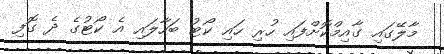
މާލޭގައި ގާއިމްކޮށްފައި ހުރި ހައި ކޯޓު ބަހާލައި އެ ކޯޓުގެ ދެ ގޮފި